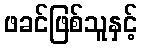
ဖခင်ဖြစ်သူနှင့်